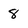
Character: 8